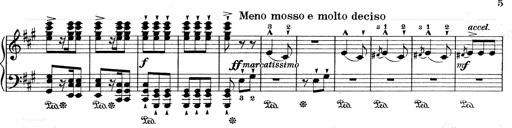
Title: Mephisto Waltz No.1
Composer: Franz Liszt